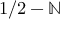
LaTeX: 1 / 2 - \mathbb { N }